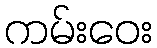
ကမ်းဝေး